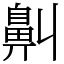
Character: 鼼